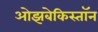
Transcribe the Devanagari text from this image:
ओझबेकिस्तॉन